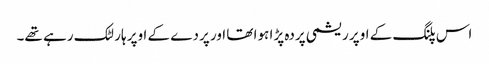
اس پلنگ کے اوپر ریشمی پردہ پڑا ہوا تھا اور پردے کے اوپر ہار لٹک رہے تھے۔